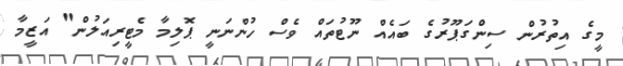
މީގެ އިތުރުން ސިންގަޕޫރުގެ ބައެއް ނޫޓުތައް ވެސް ހުންނަނީ ޕޮލިމާ މެޓީރިއަލުން" އަޒީމާ